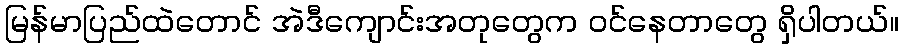
မြန်မာပြည်ထဲတောင် အဲဒီကျောင်းအတုတွေက ဝင်နေတာတွေ ရှိပါတယ်။